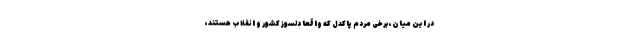
در این میان، برخی مردم پاکدل که واقعاً دلسوز کشور و انقلاب هستند،